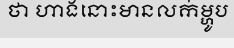
ថា ហាងនោះមានលក់ម្ហូប